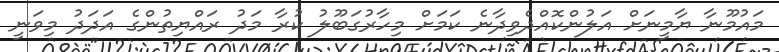
މައުމޫނާ ޔާމީނަށް އަލުންކޮއްދެވިދާނެ ކަމަށް މިހާރުގަބޫލު ކުރާ މަދު ރައްޔިތުންގެ އަދަދު މިވަނީ